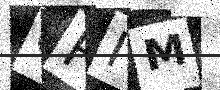
Text: CFIM